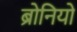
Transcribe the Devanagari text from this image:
ब्रोनियो